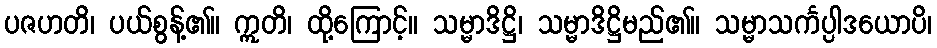
ပဇဟတိ၊ ပယ်စွန့်၏။ ဣတိ၊ ထို့ကြောင့်။ သမ္မာဒိဋ္ဌိ၊ သမ္မာဒိဋ္ဌိမည်၏။ သမ္မာသင်္ကပ္ပါဒယောပိ၊